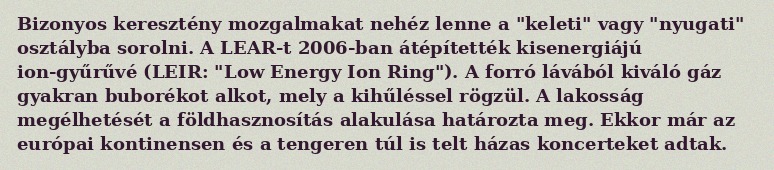
Bizonyos keresztény mozgalmakat nehéz lenne a "keleti" vagy "nyugati" osztályba sorolni. A LEAR-t 2006-ban átépítették kisenergiájú ion-gyűrűvé (LEIR: "Low Energy Ion Ring"). A forró lávából kiváló gáz gyakran buborékot alkot, mely a kihűléssel rögzül. A lakosság megélhetését a földhasznosítás alakulása határozta meg. Ekkor már az európai kontinensen és a tengeren túl is telt házas koncerteket adtak.